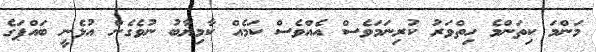
މަންމަ ކިތަންމެ ހިތްވަރު ކުރިނަމަވެސް އެއްވެސް ކަމެއް ކާމިޔާބު ނުވެގެން އުޅެނީ ބައްޕަގެ